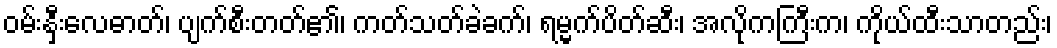
ဝမ်းနှီးလေဓာတ်၊ ပျက်စီးတတ်၏၊ ကတ်သတ်ခဲခက်၊ ရမ္မက်ပိတ်ဆီး၊ အလိုကကြီးက၊ ကိုယ်ထီးသာတည်း၊